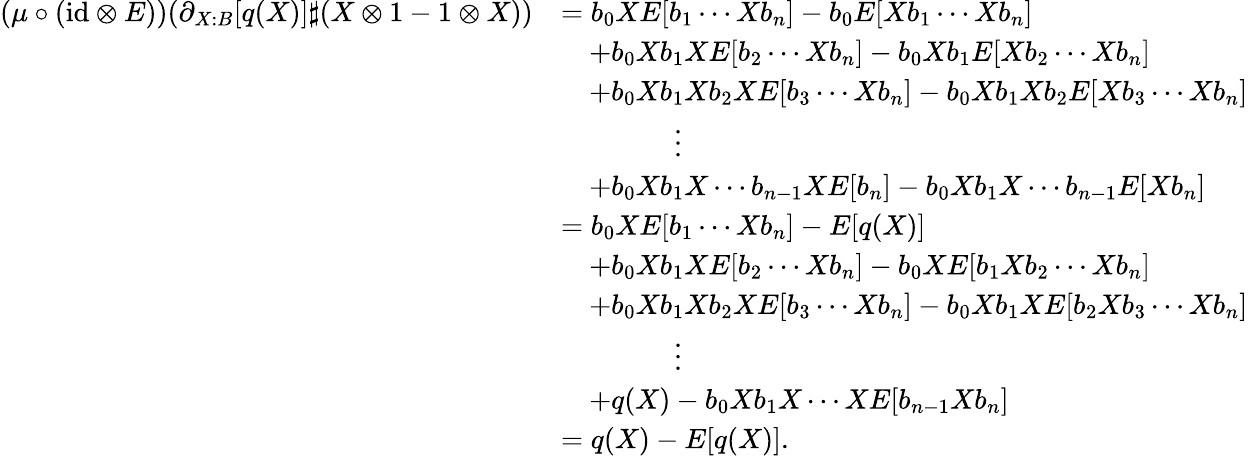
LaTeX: \begin{array}{rl}{(\mu\circ(\mathrm{id}\otimes E))(\partial_{X:B}[q(X)]\sharp(X\otimes 1-1\otimes X))}&{=b_{0}XE[b_{1}\cdots Xb_{n}]-b_{0}E[Xb_{1}\cdots Xb_{n}]}\\ &{\quad+b_{0}Xb_{1}XE[b_{2}\cdots Xb_{n}]-b_{0}Xb_{1}E[Xb_{2}\cdots Xb_{n}]}\\ &{\quad+b_{0}Xb_{1}Xb_{2}XE[b_{3}\cdots Xb_{n}]-b_{0}Xb_{1}Xb_{2}E[Xb_{3}\cdots Xb_{n}]}\\ &{\qquad\qquad\vdots}\\ &{\quad+b_{0}Xb_{1}X\cdots b_{n-1}XE[b_{n}]-b_{0}Xb_{1}X\cdots b_{n-1}E[Xb_{n}]}\\ &{=b_{0}XE[b_{1}\cdots Xb_{n}]-E[q(X)]}\\ &{\quad+b_{0}Xb_{1}XE[b_{2}\cdots Xb_{n}]-b_{0}XE[b_{1}Xb_{2}\cdots Xb_{n}]}\\ &{\quad+b_{0}Xb_{1}Xb_{2}XE[b_{3}\cdots Xb_{n}]-b_{0}Xb_{1}XE[b_{2}Xb_{3}\cdots Xb_{n}]}\\ &{\qquad\qquad\vdots}\\ &{\quad+q(X)-b_{0}Xb_{1}X\cdots XE[b_{n-1}Xb_{n}]}\\ &{=q(X)-E[q(X)].}\end{array}